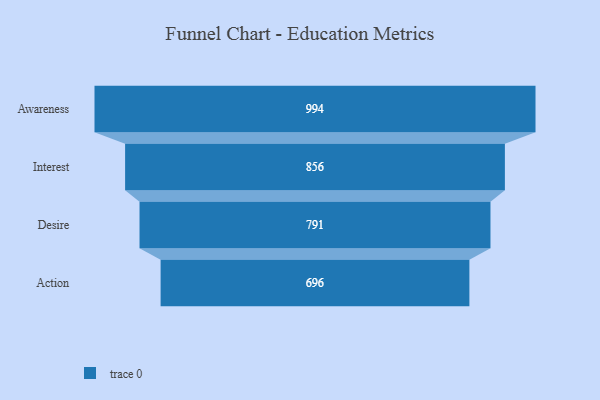
{"axis": {"x": "Stage", "y": "Value"}, "legend": [""], "data": [{"x": "Awareness", "y": 994.0, "type": ""}, {"x": "Interest", "y": 856.0, "type": ""}, {"x": "Desire", "y": 791.0, "type": ""}, {"x": "Action", "y": 696.0, "type": ""}]}